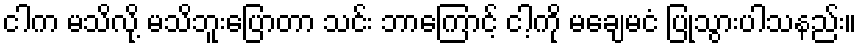
ငါက မသိလို့ မသိဘူးပြောတာ သင်း ဘာကြောင့် ငါ့ကို မချေမငံ ပြုသွားပါသနည်း။